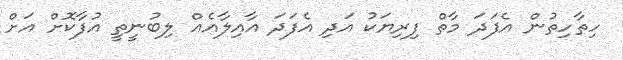
ހިތާހިތުން އެފަދަ މާތް ފިރިޔަކު އަދި އެފަދަ އާއިލާއެއް ލިބުނީތީ އުފާކޮށް އަށް